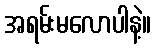
အရမ်းမလောပါနဲ့။